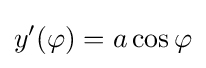
y'(\varphi )=a\cos \varphi